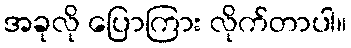
အခုလို ပြောကြား လိုက်တာပါ။